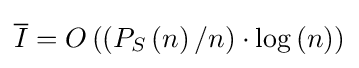
{\overline {I}}=O\left(\left(P_{S}\left(n\right)/n\right)\cdot \log \left(n\right)\right)